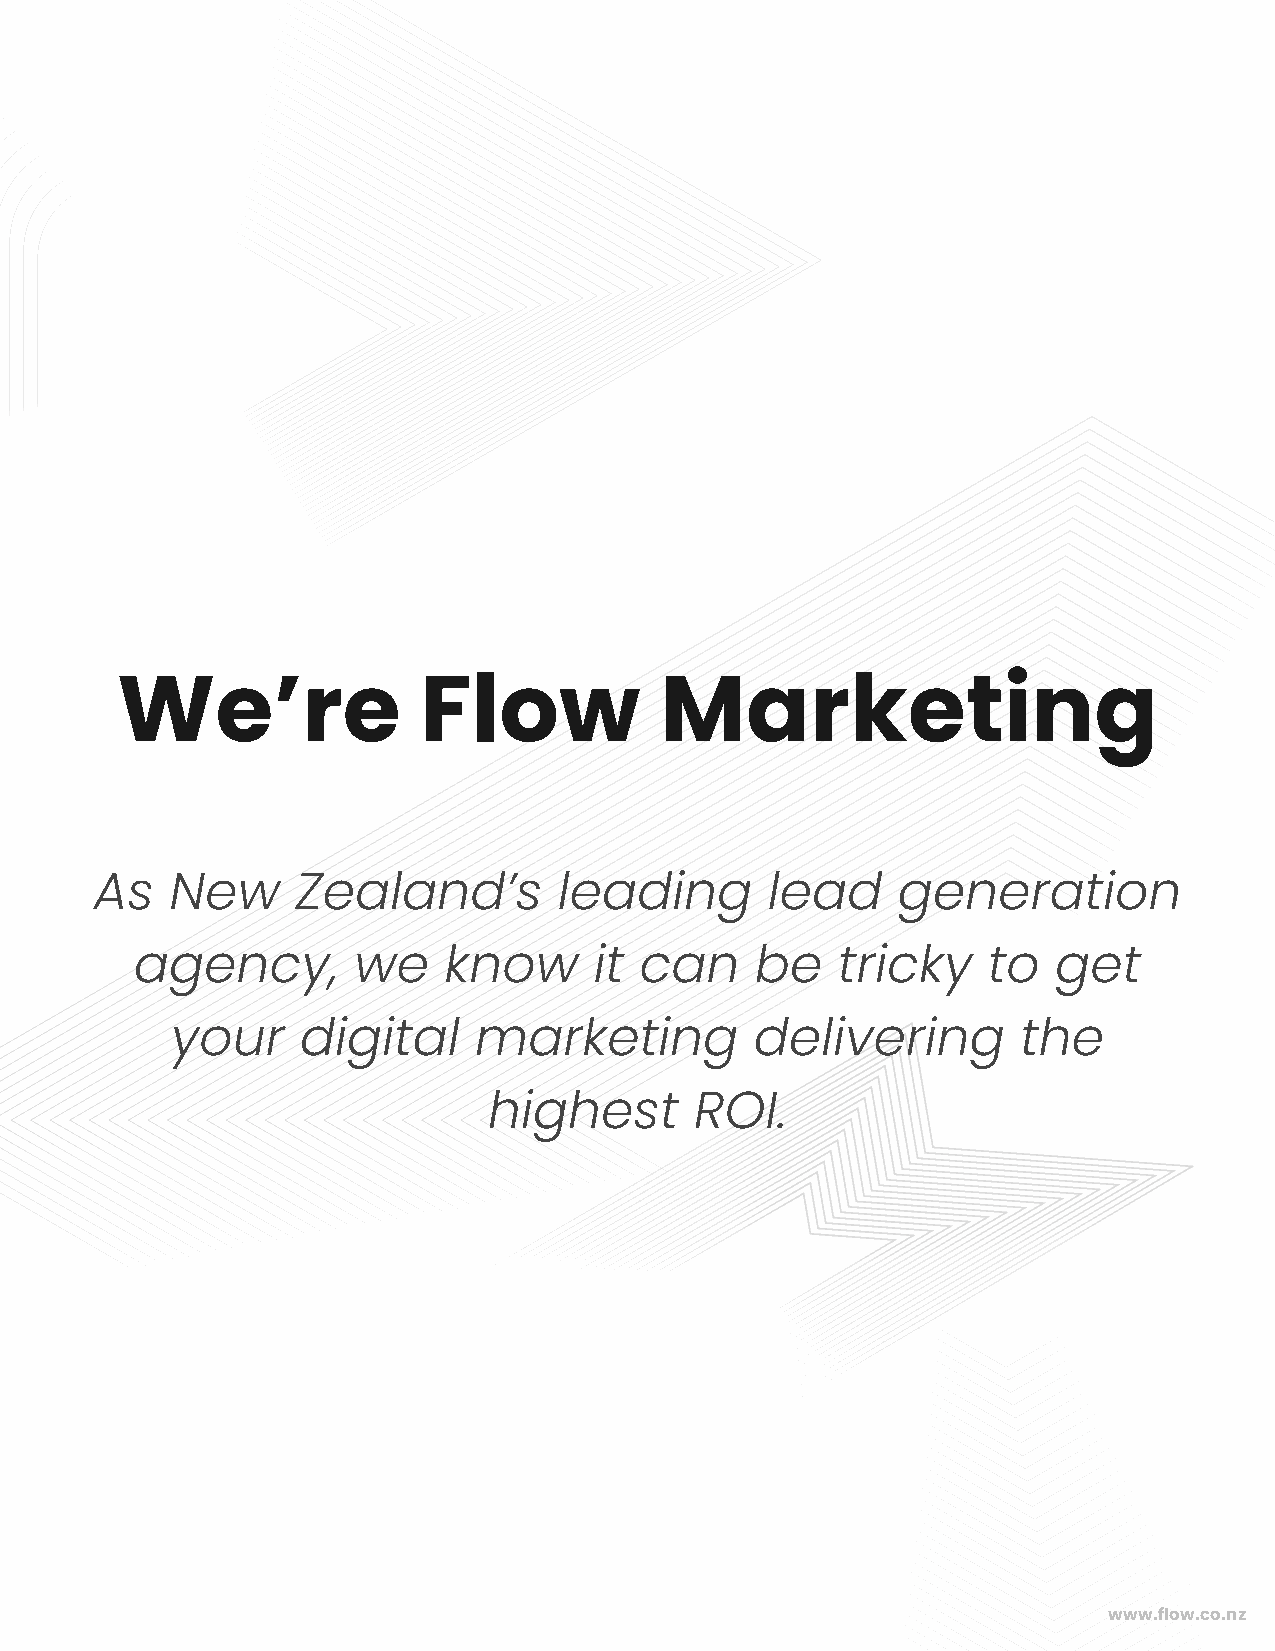
We’re               Flow            Marketing
 As   New      Zealand’s        leading       lead    generation
 agency,       we    know      it can     be   tricky    to   get
 your     digital    marketing          delivering        the
 highest       ROI.
 www.flow.co.nz